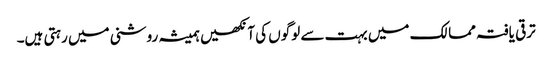
ترقی یافتہ ممالک میں بہت سے لوگوں کی آنکھیں ہمیشہ روشنی میں رہتی ہیں۔